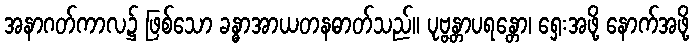
အနာဂတ်ကာလ၌ ဖြစ်သော ခန္ဓာအာယတနဓာတ်သည်။ ပုဗ္ဗန္တာပရန္တော၊ ရှေးအဖို့ နောက်အဖို့